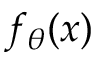
f _ { \theta } ( x )